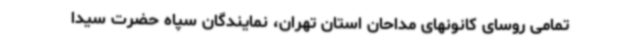
تمامی روسای کانونهای مداحان استان تهران، نمایندگان سپاه حضرت سیدا